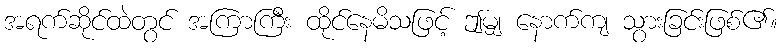
အရက်ဆိုင်ထဲတွင် အကြာကြီး ထိုင်နေမိသဖြင့် ဤမျှ နောက်ကျ သွားခြင်းဖြစ်၏။